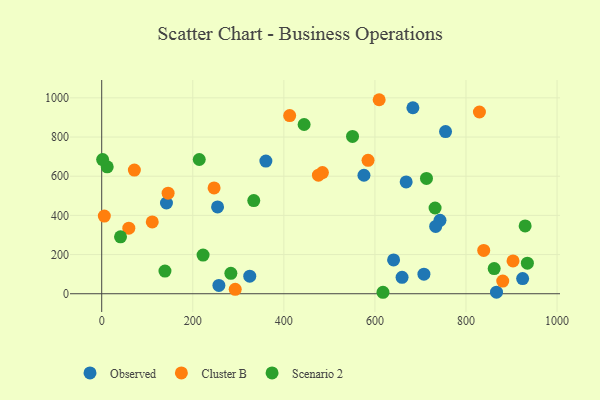
{"axis": {"x": "Ad Spend", "y": "Rating"}, "legend": ["Cluster B", "Observed", "Scenario 2"], "data": [{"x": "325.1", "y": 89.8, "type": "Observed"}, {"x": "924.4", "y": 77.2, "type": "Observed"}, {"x": "867.0", "y": 7.8, "type": "Observed"}, {"x": "641.0", "y": 172.9, "type": "Observed"}, {"x": "254.4", "y": 443.2, "type": "Observed"}, {"x": "683.4", "y": 949.5, "type": "Observed"}, {"x": "742.9", "y": 374.6, "type": "Observed"}, {"x": "668.6", "y": 570.9, "type": "Observed"}, {"x": "733.4", "y": 343.8, "type": "Observed"}, {"x": "659.6", "y": 84.0, "type": "Observed"}, {"x": "142.2", "y": 463.2, "type": "Observed"}, {"x": "360.5", "y": 677.4, "type": "Observed"}, {"x": "575.9", "y": 605.0, "type": "Observed"}, {"x": "755.1", "y": 827.7, "type": "Observed"}, {"x": "707.6", "y": 99.7, "type": "Observed"}, {"x": "257.3", "y": 42.7, "type": "Observed"}, {"x": "484.7", "y": 618.5, "type": "Cluster B"}, {"x": "412.8", "y": 909.5, "type": "Cluster B"}, {"x": "246.8", "y": 540.4, "type": "Cluster B"}, {"x": "475.9", "y": 605.3, "type": "Cluster B"}, {"x": "5.7", "y": 396.5, "type": "Cluster B"}, {"x": "609.3", "y": 990.5, "type": "Cluster B"}, {"x": "880.7", "y": 64.6, "type": "Cluster B"}, {"x": "59.5", "y": 334.5, "type": "Cluster B"}, {"x": "293.2", "y": 22.4, "type": "Cluster B"}, {"x": "838.9", "y": 221.3, "type": "Cluster B"}, {"x": "145.8", "y": 513.2, "type": "Cluster B"}, {"x": "71.7", "y": 631.5, "type": "Cluster B"}, {"x": "829.5", "y": 927.8, "type": "Cluster B"}, {"x": "584.9", "y": 681.1, "type": "Cluster B"}, {"x": "111.0", "y": 366.5, "type": "Cluster B"}, {"x": "903.3", "y": 167.5, "type": "Cluster B"}, {"x": "41.3", "y": 290.5, "type": "Scenario 2"}, {"x": "12.1", "y": 647.8, "type": "Scenario 2"}, {"x": "934.8", "y": 156.3, "type": "Scenario 2"}, {"x": "713.2", "y": 588.6, "type": "Scenario 2"}, {"x": "861.9", "y": 128.5, "type": "Scenario 2"}, {"x": "444.5", "y": 864.0, "type": "Scenario 2"}, {"x": "2.0", "y": 685.1, "type": "Scenario 2"}, {"x": "617.7", "y": 7.5, "type": "Scenario 2"}, {"x": "550.8", "y": 803.2, "type": "Scenario 2"}, {"x": "732.1", "y": 437.8, "type": "Scenario 2"}, {"x": "333.9", "y": 475.6, "type": "Scenario 2"}, {"x": "929.9", "y": 346.4, "type": "Scenario 2"}, {"x": "283.6", "y": 104.1, "type": "Scenario 2"}, {"x": "214.2", "y": 685.3, "type": "Scenario 2"}, {"x": "222.6", "y": 197.4, "type": "Scenario 2"}, {"x": "138.9", "y": 115.6, "type": "Scenario 2"}]}